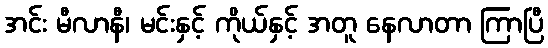
အင်း မီလာနီ၊ မင်းနှင့် ကိုယ်နှင့် အတူ နေလာတာ ကြာပြီ